Laidoner,_Johan, lk 56
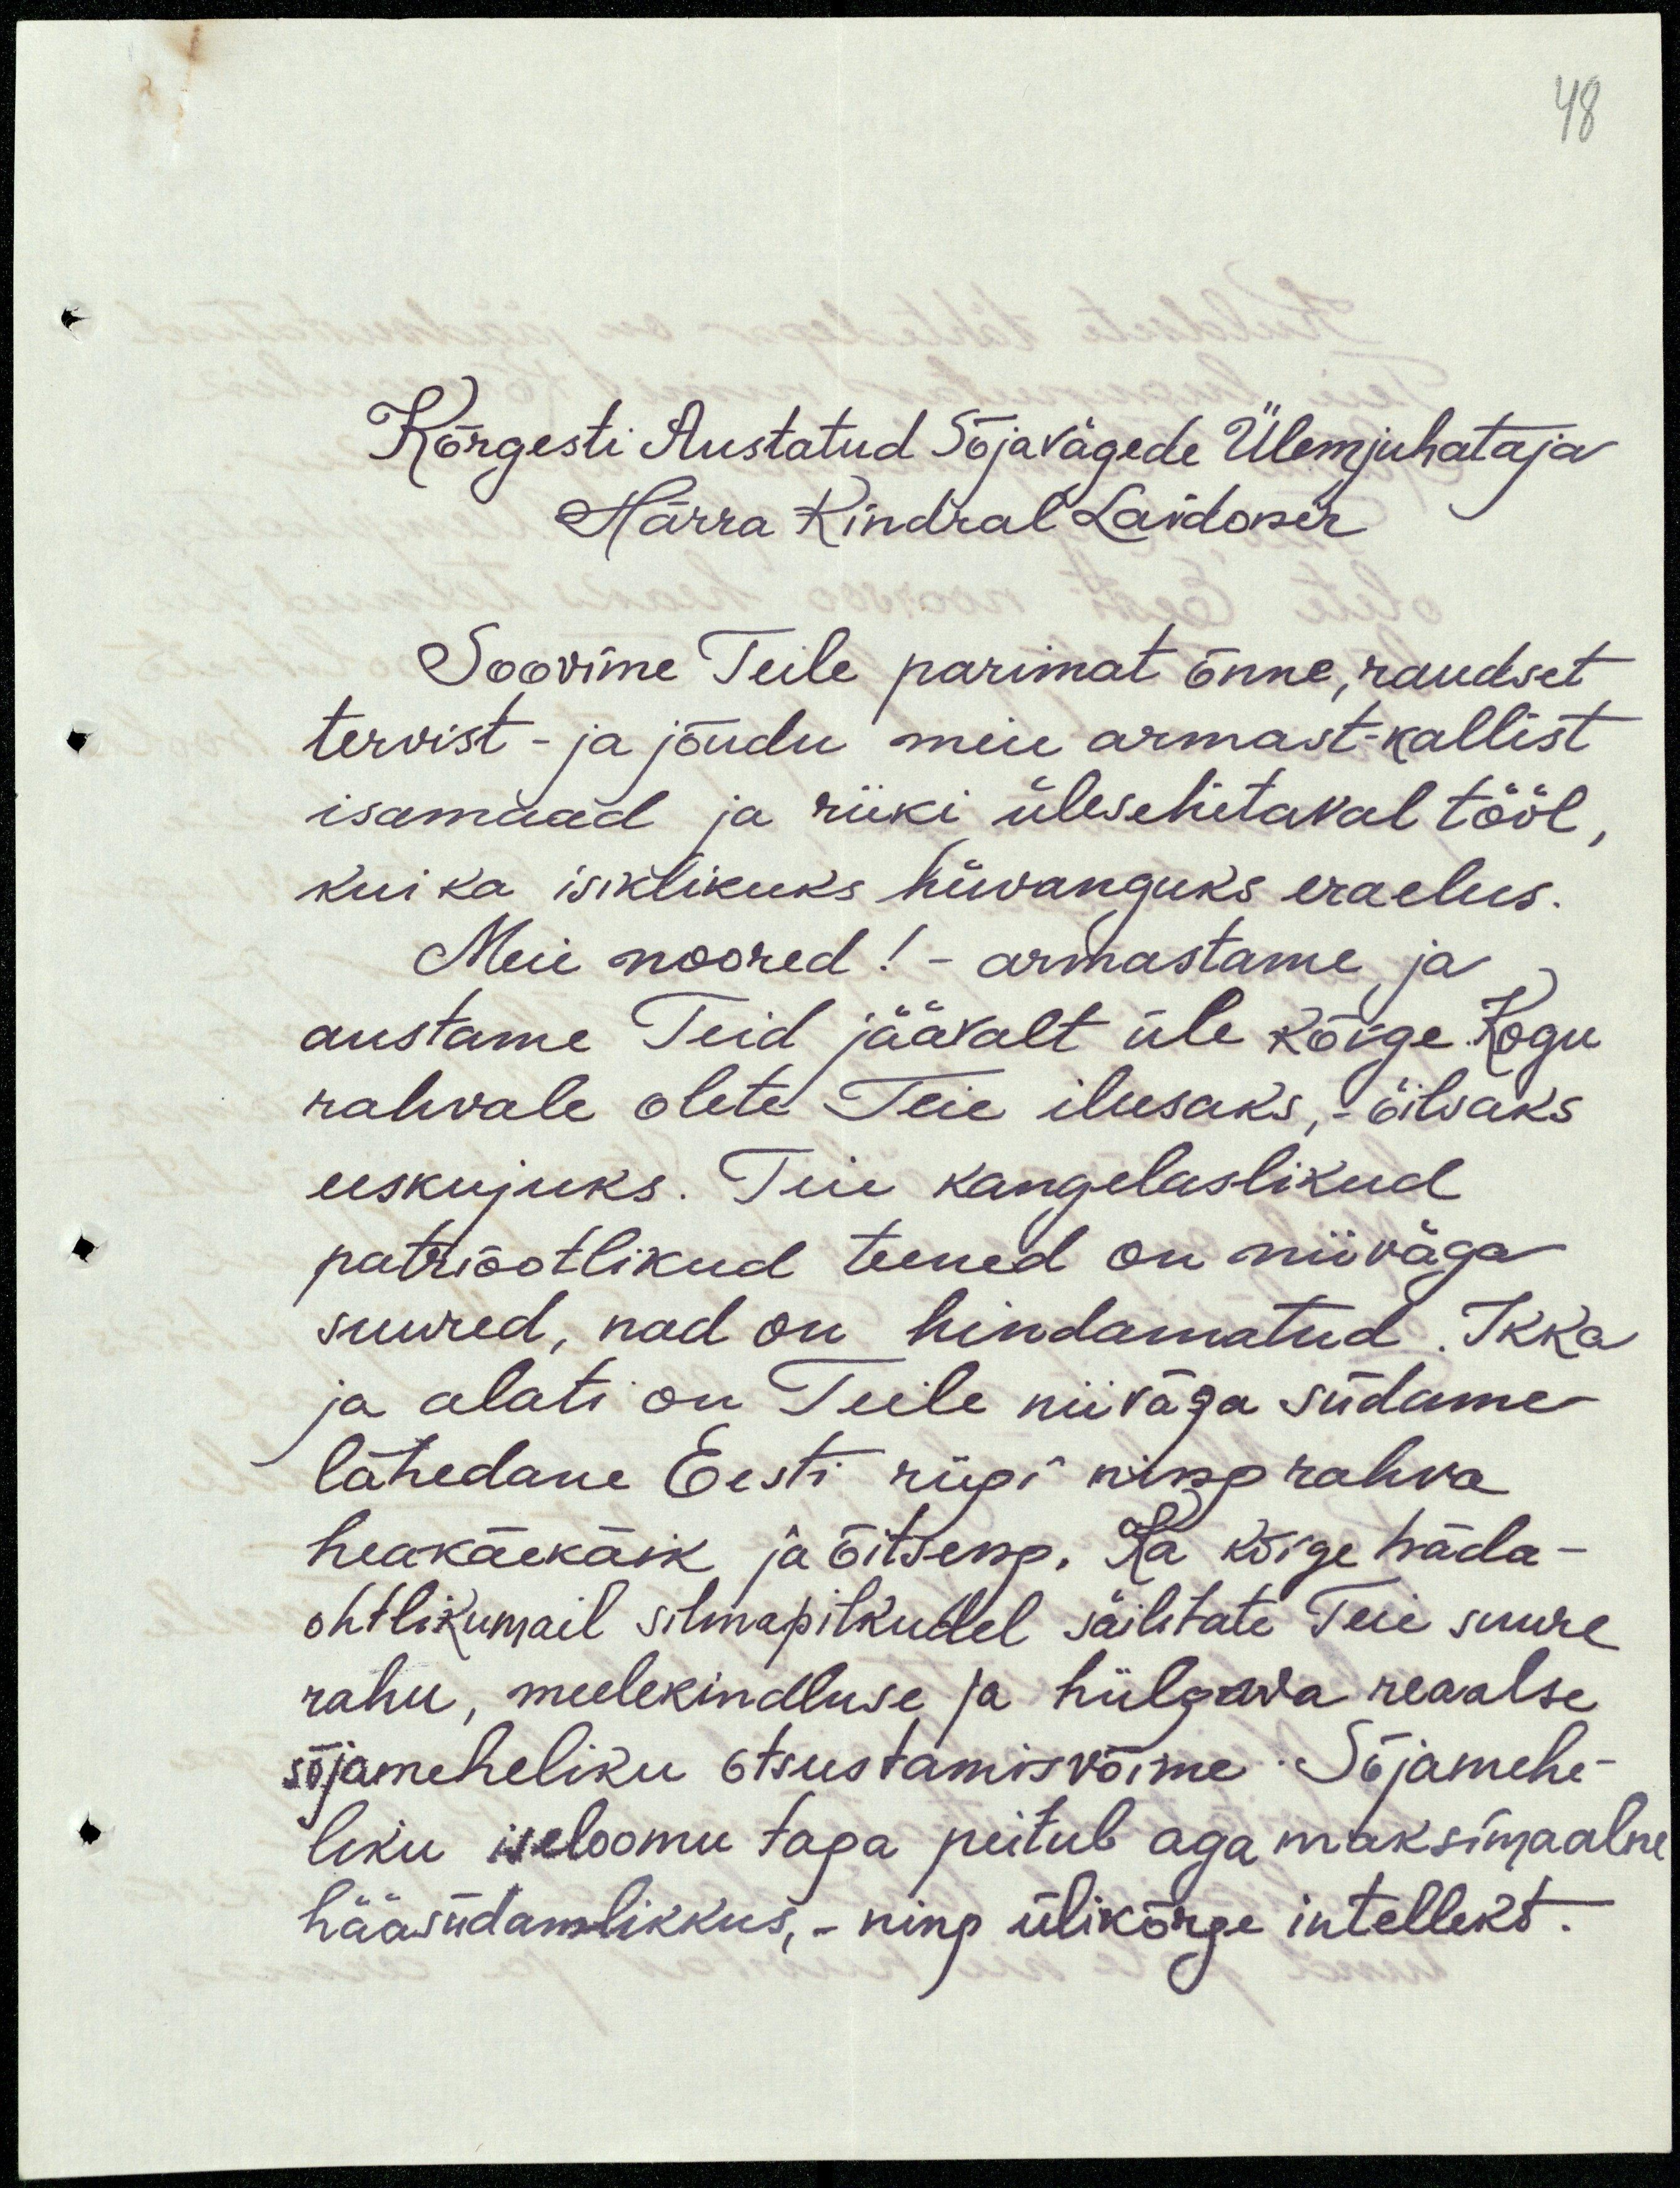
48

Kõrgesti Austatud Sõjavägede Ülemjuhataja
Härra Kindral Laidoner
Soovime Teile parimat õnne, raudset,
tervist - ja jõudu meie armast-kallist
isamaad ja riiki ülesehitaval tööl,
kui ka isiklikuks hüvanguks eraelus.
Meie noored! - armastame ja
austame Teid jäävalt üle kõige. Kogu
rahvale olete Teie ilusaks, õilsaks
eeskujuks. Teie kangelaslikud
patriootlikud teened on niiväga
suured, nad on hindamatud. Ikka
ja alati on Teile niiväga südame
lähedane Eesti riigi ning rahva
heakäekäik ja õitseng. Ka kõige häda-
ohtlikumail silmapilkudel säilitate Teie suure
rahu, meelekindluse ja hiilgava reaalse
sõjameheliku otsustamisvõime. Sõjamehe-
liku iseloomu taga peitub aga maksimaalne
hääsüdamlikkus, - ning ülikõrge intellekt.